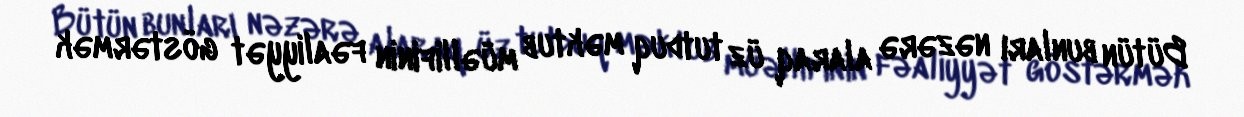
Bütün bunları nəzərə alaraq üz tutduq məktub müəllifinin fəaliyyət göstərmək